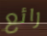
رائع